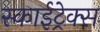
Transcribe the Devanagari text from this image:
स्काईट्रेक्स